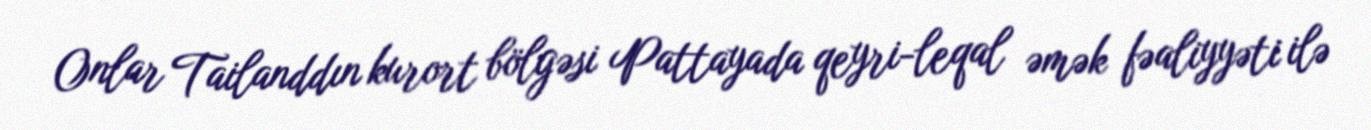
Onlar Tailanddın kurort bölgəsi Pattayada qeyri-leqal əmək fəaliyyəti ilə